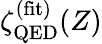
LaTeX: \zeta_{\mathrm{QED}}^{\mathrm{(fit)}}(Z)